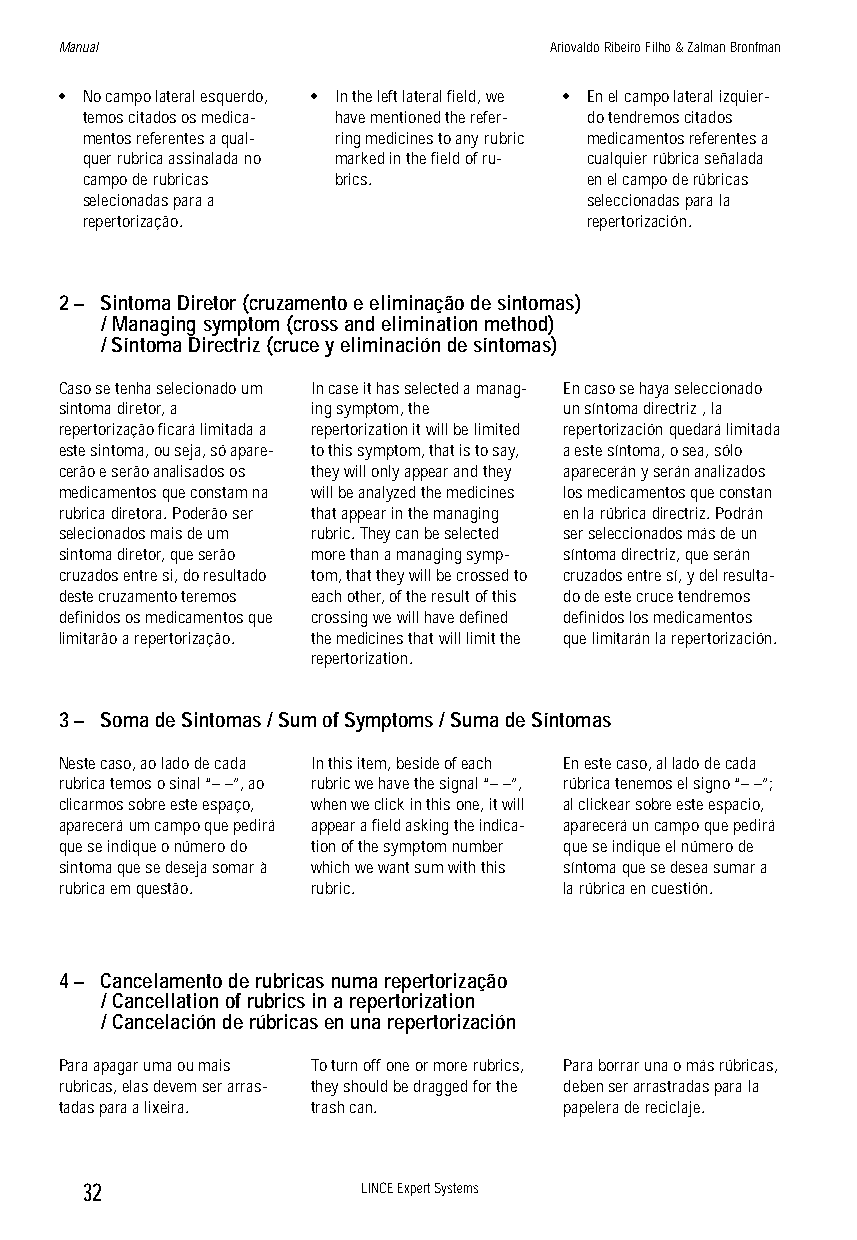
Manual                          Ariovaldo Ribeiro Filho & Zalman Bronfman
 • No campo lateral esquerdo, • In the left lateral field, we • En el campo lateral izquier-
 temos citados os medica- have mentioned the refer- do tendremos citados
 mentos referentes a qual- ring medicines to any rubric medicamentos referentes a
 quer rubrica assinalada no marked in the field of ru- cualquier rúbrica señalada
 campo de rubricas brics.          en el campo de rúbricas
 selecionadas para a               seleccionadas para la
 repertorização.                   repertorización.
 2 – Sintoma Diretor (cruzamento e eliminação de sintomas)
 / Managing symptom (cross and elimination method)
 / Síntoma Directriz (cruce y eliminación de síntomas)
 Caso se tenha selecionado um In case it has selected a manag- En caso se haya seleccionado
 sintoma diretor, a ing symptom, the un síntoma directriz , la
 repertorização ficará limitada a repertorization it will be limited repertorización quedará limitada
 este sintoma, ou seja, só apare- to this symptom, that is to say, a este síntoma, o sea, sólo
 cerão e serão analisados os they will only appear and they aparecerán y serán analizados
 medicamentos que constam na will be analyzed the medicines los medicamentos que constan
 rubrica diretora. Poderão ser that appear in the managing en la rúbrica directriz. Podrán
 selecionados mais de um rubric. They can be selected ser seleccionados más de un
 sintoma diretor, que serão more than a managing symp- síntoma directriz, que serán
 cruzados entre si, do resultado tom, that they will be crossed to cruzados entre sí, y del resulta-
 deste cruzamento teremos each other, of the result of this do de este cruce tendremos
 definidos os medicamentos que crossing we will have defined definidos los medicamentos
 limitarão a repertorização. the medicines that will limit the que limitarán la repertorización.
 repertorization.
 3 – Soma de Sintomas / Sum of Symptoms / Suma de Síntomas
 Neste caso, ao lado de cada In this item, beside of each En este caso, al lado de cada
 rubrica temos o sinal “– –”, ao rubric we have the signal “– –”, rúbrica tenemos el signo “– –”;
 clicarmos sobre este espaço, when we click in this one, it will al clickear sobre este espacio,
 aparecerá um campo que pedirá appear a field asking the indica- aparecerá un campo que pedirá
 que se indique o número do tion of the symptom number que se indique el número de
 sintoma que se deseja somar à which we want sum with this síntoma que se desea sumar a
 rubrica em questão. rubric.      la rúbrica en cuestión.
 4 – Cancelamento de rubricas numa repertorização
 / Cancellation of rubrics in a repertorization
 / Cancelación de rúbricas en una repertorización
 Para apagar uma ou mais To turn off one or more rubrics, Para borrar una o más rúbricas,
 rubricas, elas devem ser arras- they should be dragged for the deben ser arrastradas para la
 tadas para a lixeira. trash can. papelera de reciclaje.
 32                LINCE Expert Systems